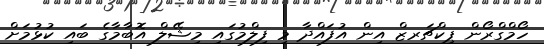
ހޯމްގްރޯން ޕިކްޗަރޒް އިން އުފައްދާ މި ފިލްމުގައި މިޝޭލް އޮބާމާގެ ބައި ކުޅުމަށް